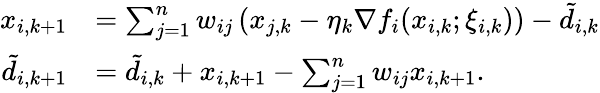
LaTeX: \begin{array}{rl}{x_{i,k+1}}&{=\sum_{j=1}^{n}w_{ij}\left(x_{j,k}-\eta_{k}\nabla f_{i}(x_{i,k};\xi_{i,k})\right)-\tilde{d}_{i,k}}\\ {\tilde{d}_{i,k+1}}&{=\tilde{d}_{i,k}+x_{i,k+1}-\sum_{j=1}^{n}w_{ij}x_{i,k+1}.}\end{array}